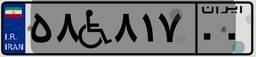
۹۶W۶۶۱۴۲